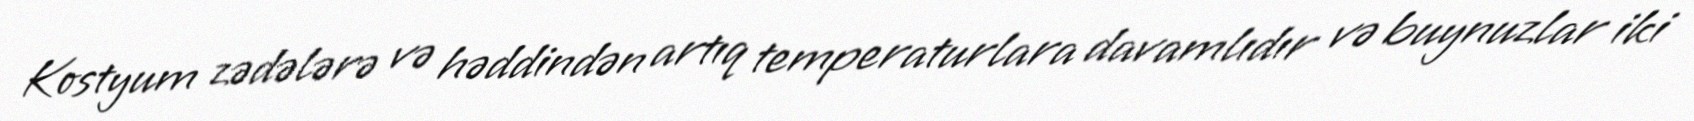
Kostyum zədələrə və həddindən artıq temperaturlara davamlıdır və buynuzlar iki